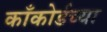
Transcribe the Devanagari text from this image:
काँकोर्डच्या